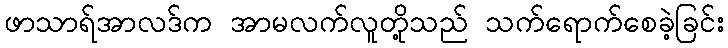
ဖာသာရ်အာလဒ်က အာမလက်လူတို့သည် သက်ရောက်စေခဲ့ခြင်း